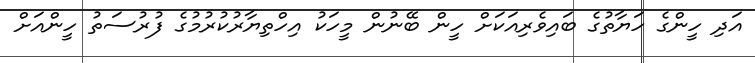
އަދި ހީންގެ ހަޔާތުގެ ބައިވެރިއަކަށް ހީން ބޭނުން މީހަކު އިހްތިޔާރުކުރުމުގެ ފުރުސަތު ހީންއަށް